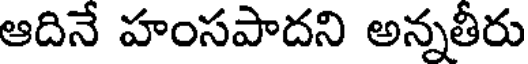
ఆదినే హంసపాదని అన్నతీరు